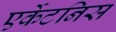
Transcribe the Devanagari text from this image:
एर्केटनिस